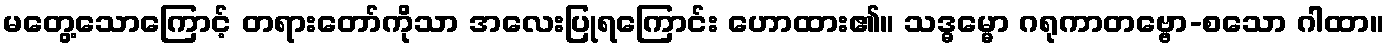
မတွေ့သောကြောင့် တရားတော်ကိုသာ အလေးပြုရကြောင်း ဟောထား၏။ သဒ္ဓမ္မော ဂရုကာတဗ္ဗော-စသော ဂါထာ။